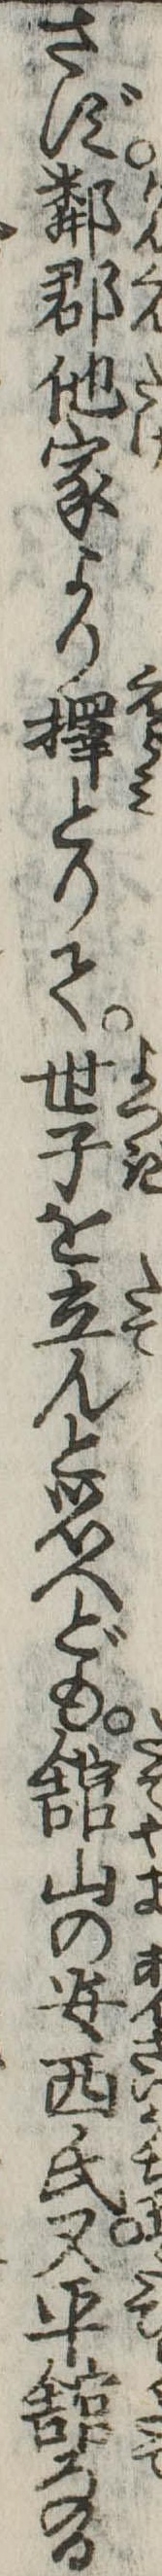
さず隣郡他家より択とりて世子を立んと思へども館山の安西氏又平館なる